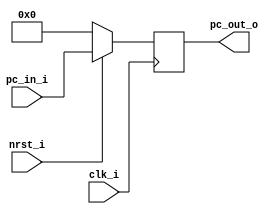
//--------------------------------------------------------------------------------
//Version:     1
//--------------------------------------------------------------------------------
//Writer:      
//----------------------------------------------
//Date:        
//----------------------------------------------
//Description: 
//--------------------------------------------------------------------------------

module ProgramCounter(
    clk_i,
	nrst_i,
	pc_in_i,
	pc_out_o
	);
     
//I/O ports
input           clk_i;
input	        nrst_i;
input  [32-1:0] pc_in_i;
output [32-1:0] pc_out_o;
 
//Internal Signals
reg    [32-1:0] pc_out_o;
 
//Parameter

    
//Main function
always @(posedge clk_i) begin
    if(~nrst_i)
	    pc_out_o <= 0;
	else
	    pc_out_o <= pc_in_i;
end

endmodule